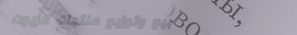
بيع وتوزيع منتجات الزيوت